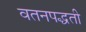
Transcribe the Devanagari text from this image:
वतनपद्धती